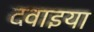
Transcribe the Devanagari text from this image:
दवाइया